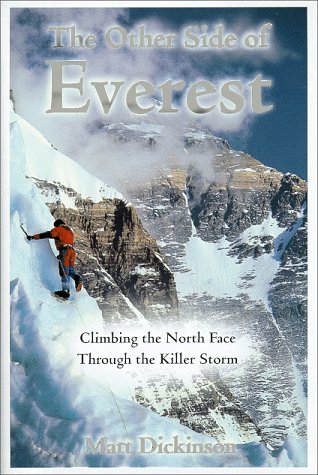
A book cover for The Other Side of Everest: Climbing the North Face Through the Killer Storm; Matt Dickinson; Travel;